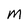
Character: m